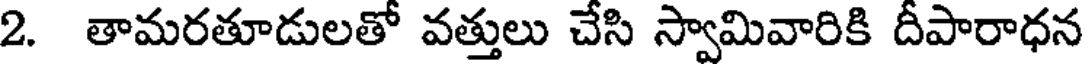
2. తామరతూడులతో వత్తులు చేసి స్వామివారికి దీపారాధన